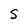
Character: S